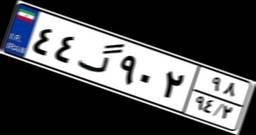
۴۴گ۹۰۲۹۸